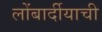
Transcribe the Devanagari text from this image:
लोंबार्दीयाची